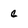
Character: c